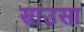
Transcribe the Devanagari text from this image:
साउसा